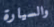
والسيارة